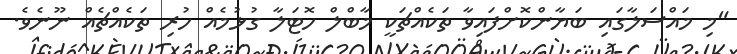
"މި މައްސަލާގައި ބަޔާންކޮށްފައިވާ ތަކެއްޗަކީ މާބްލް ހޮޓަލާ ގުޅުމެއް ހުރި ތަކެއްޗެއް ނޫނެވެ.